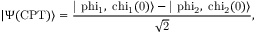
| \Psi ( \mathrm { C P T ) \rangle = \frac { | \ p h i _ { 1 } , \ c h i _ { 1 } ( 0 ) \rangle - | \ p h i _ { 2 } , \ c h i _ { 2 } ( 0 ) \rangle } { \sqrt { 2 } } , }